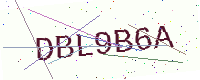
Text: DBL9B6A